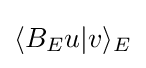
\langle B_{E}u|v\rangle _{E}